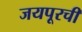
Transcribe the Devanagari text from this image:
जयपूरची